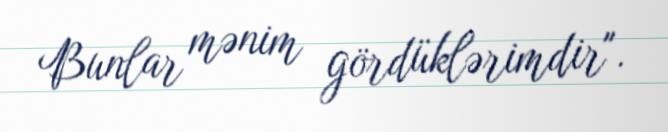
Bunlar mənim gördüklərimdir".